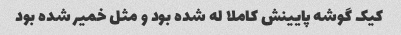
کیک گوشه پایینش کاملا له شده بود و مثل خمیر شده بود